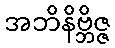
အဘိနိဗ္ဘိဇ္ဇ